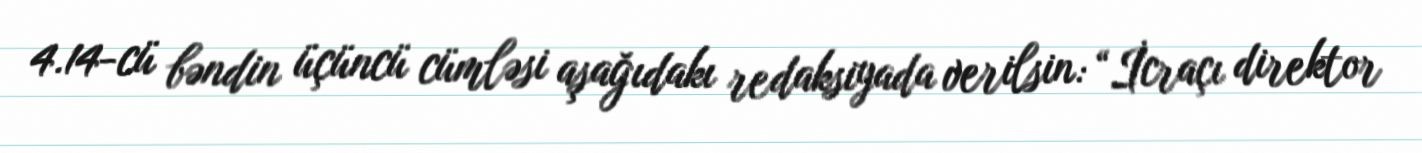
4.14-cü bəndin üçüncü cümləsi aşağıdakı redaksiyada verilsin: “İcraçı direktor